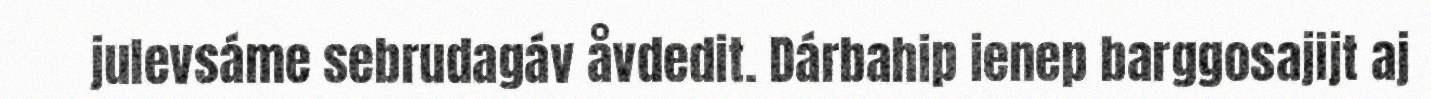
julevsáme sebrudagáv åvdedit. Dárbahip ienep barggosajijt aj